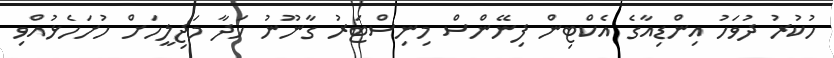
ހުކުރު ދުވަހު އިންޑިއާގެ އެކްޓިން ފިނޭންސް މިނިސްޓަރު ގާނޫނު ހަދާ މަޖިލީހަށް ހުށަހެޅުއްވި